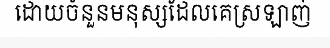
ដោយចំនួនមនុស្សដែលគេស្រឡាញ់